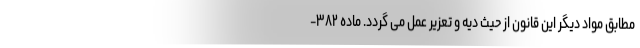
مطابق مواد دیگر این قانون از حیث دیه و تعزیر عمل می گردد. ماده ۳۸۲-